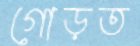
গোড়ত